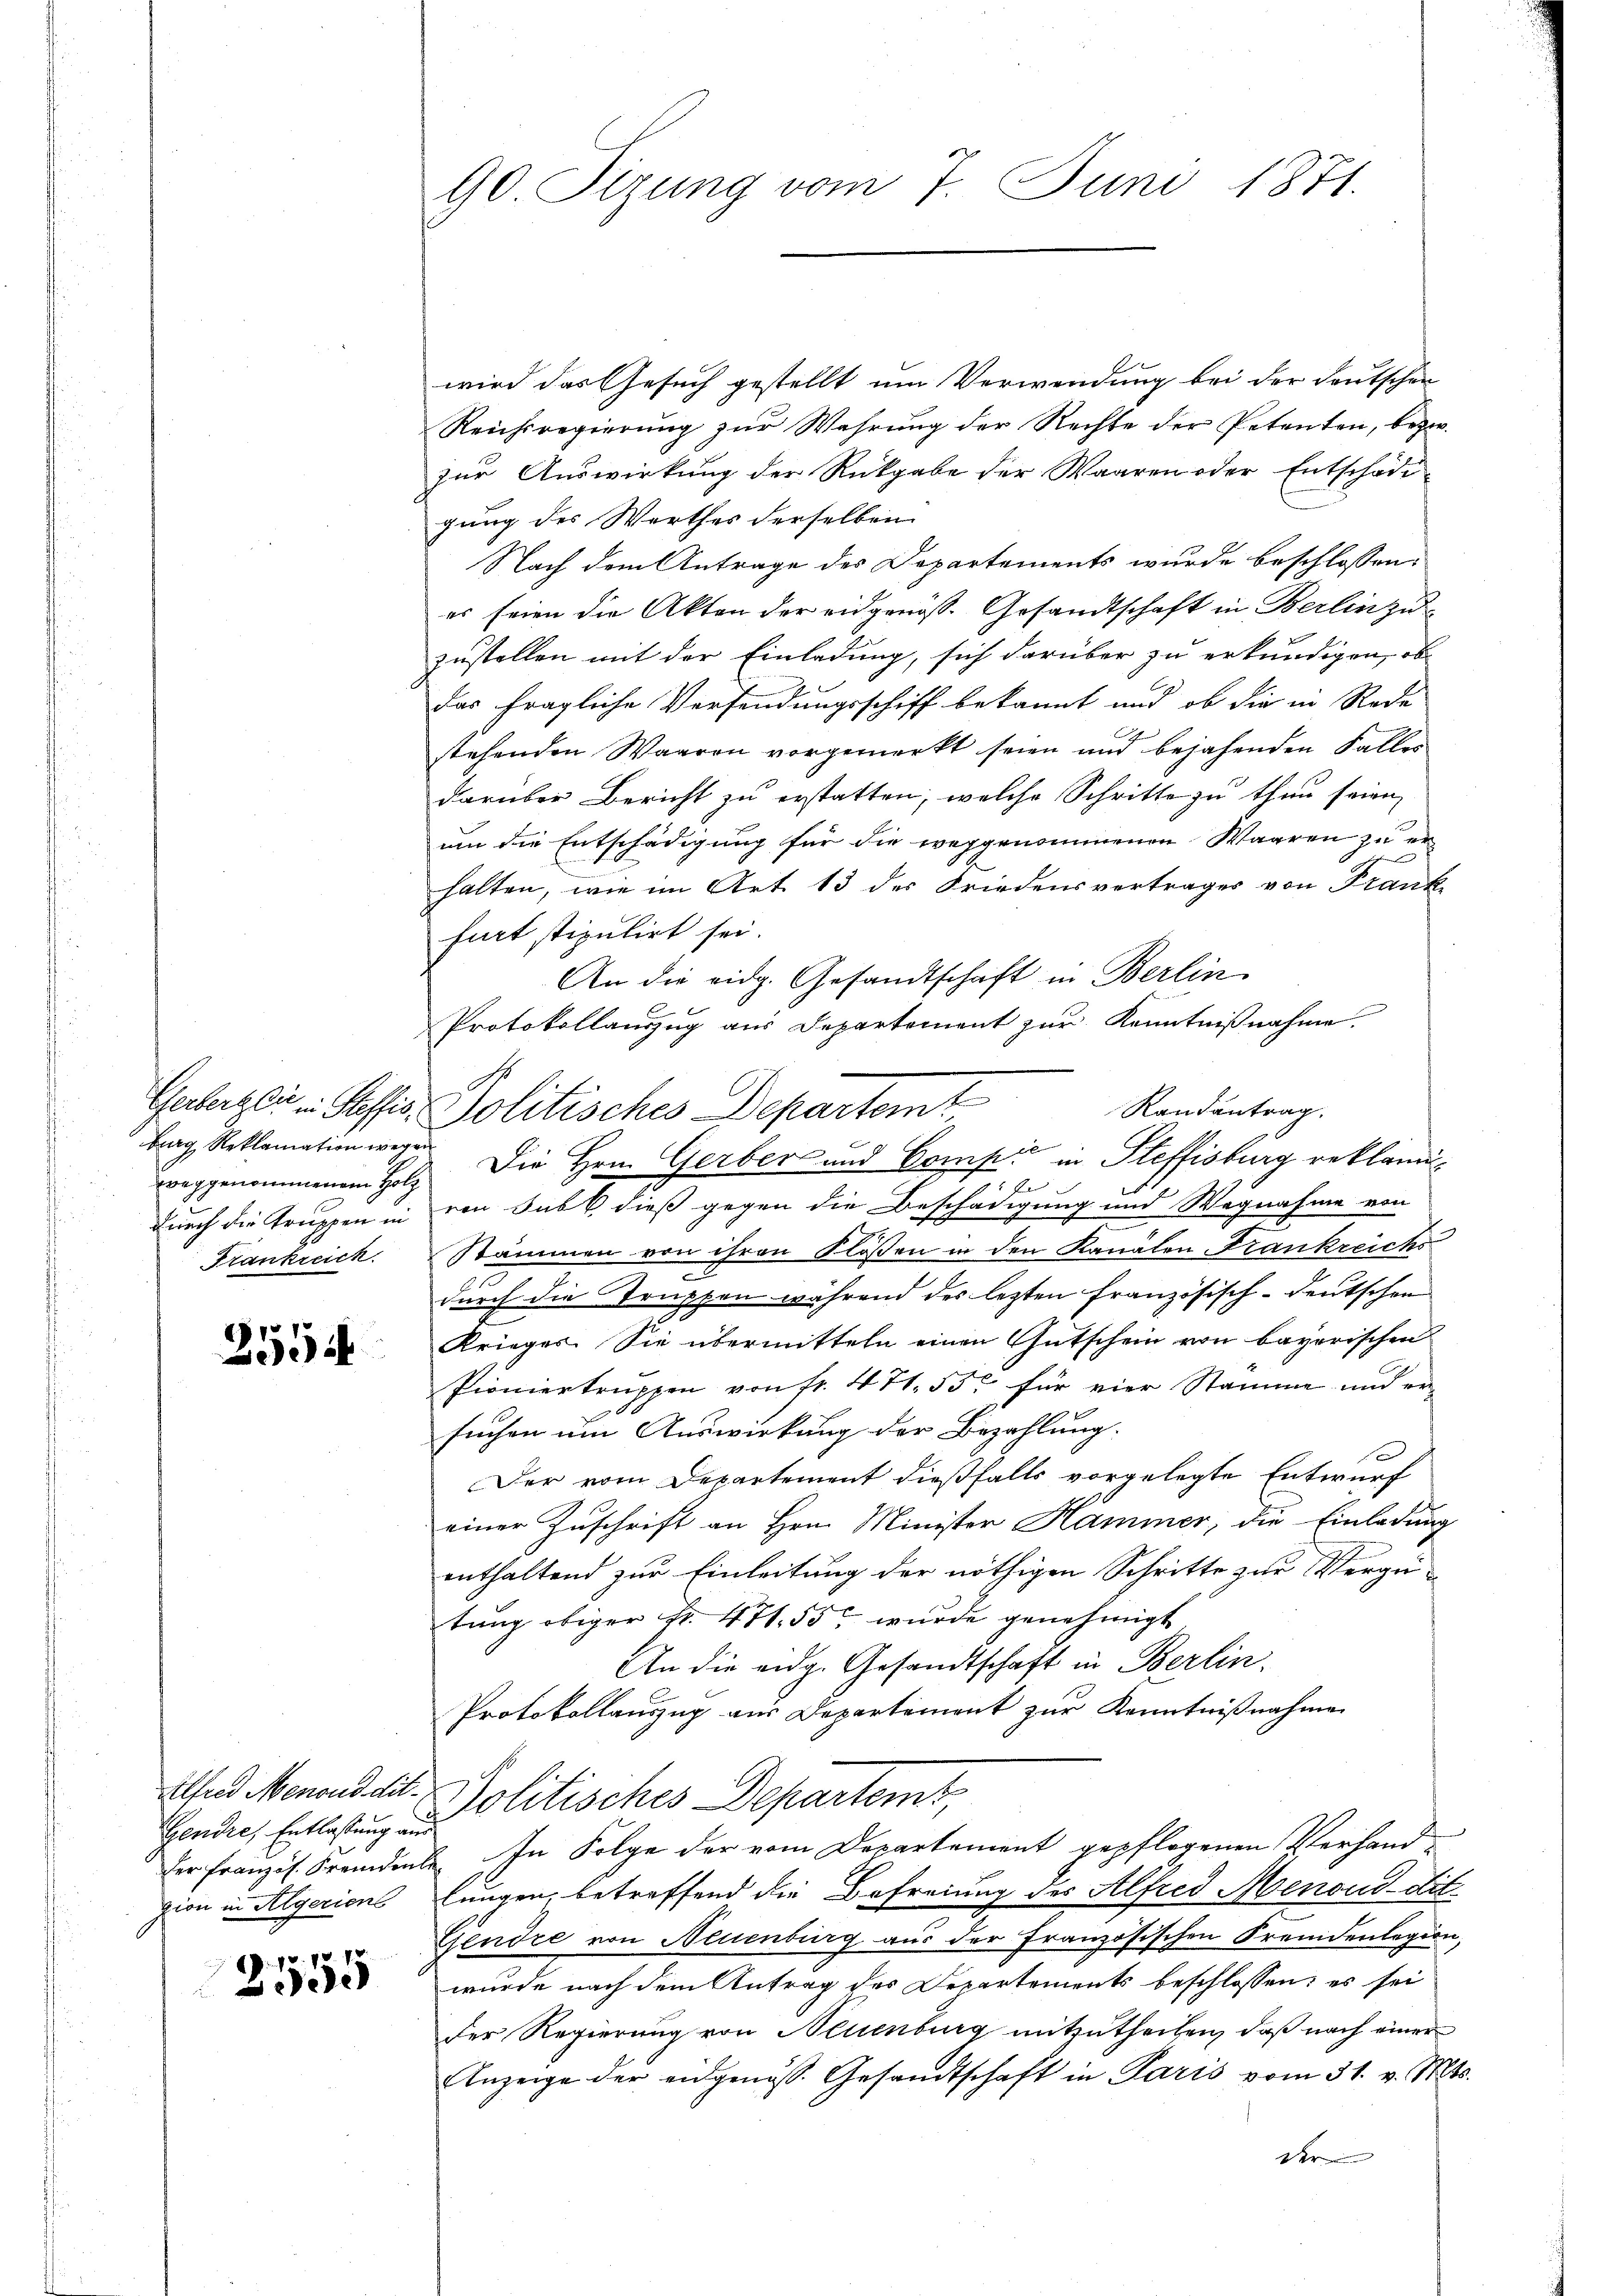
brag Reklamation wegen
Frankreich

2554

Gendre, Entlastung aus

2555

90. Sizung vom 7. Juni 1871.

wird das Gesuch gestellt um Verwendung bei der deutschen
Reichsregierung zŭr Wahrung der Rechte der Petenten, bezw.
zur Auswirkung der Rückgabe der Waaren oder Entschädi
gung des Werthes derselben
Nach dem Antrage des Departements wurde beschlossen:
es seien die Akten der eidgenöss. Gesandtschaft in Berlin zu-
zustellen mit der Einladung, sich darüber zu erkundigen, od
das fragliche Versendungsschiff bekannt und ob die in Rede
stehenden Waaren vorgemerkt seien und bejahenden Falles
darüber Bericht zu erstatten, welche Schritte zu thun seien,
um die Entschädigung für die weggenommenen Waaren zu erhalten, wie im Art. 13 des Friedensvertrages von Frank-
furt stipulirt sei.
An die eidg. Gesandtschaft in Berlin
6
Protokollauszug aus Departement zur Kenntnißnahme.
1
durch die Truppen in von Subk, dieß gegen die Beschädigung und Wegnahme von
Stämmen von ihren Flössen in den Kanälen Frankreichs
II
durch die Truppen während des lezten französisch-deutschen
Krieges. Sie übermitteln einen Gutschein von bayerischen
Pioniertruppen von fr. 471. 55. für vier Stamme und ersuchen um Auswirkung der Bezahlung.

Der vom Departement dießfalls vorgelegte Entwurf
einer Zuschrift an Hrn. Minister Hammer, die Einladung
enthaltend zur Einleitung der nöthigen Schritte zur Vergütung obiger Fr. 471. 55 wurde genehmigt
An die eidg. Gesandtschaft in Berlin.
Protokollauszug aus Departement zur Kenntnißnahme
Alfred Menend die- & Politisches Departems,
der Französ. Fremdente. In Folge der vom Departement gepflogenen Verhandzion in Algeriens Lungen, betreffend die Befreiung des Alfred Menouddit
Gjendre von Neuenburg aus der Französischen Fremdenlegion,
wurde nach dem Antrag der Departements beschlossen: es sei
der Regierung von Neuenburg mitzutheilen, daß nach einer
Anzeige der eidgenoss. Gesandtschaft in Paris vom 31. v. Mts.
Der

Geerzte Posis Politisches Departemt
Randantrag.
.
weggenommenen Holz die Hrn. Gerber und Compić in Steffisburg reklami¬